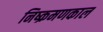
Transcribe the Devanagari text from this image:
निष्क्रमणकाल